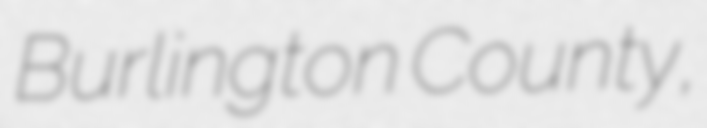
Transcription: Burlington County,